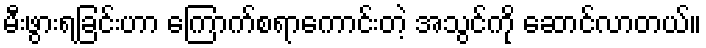
မီးဖွားရခြင်းဟာ ကြောက်စရာကောင်းတဲ့ အသွင်ကို ဆောင်လာတယ်။